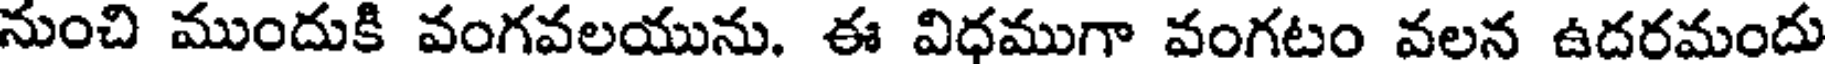
నుంచి ముందుకి వంగవలయును, ఈ విధముగా వంగటం వలన ఉదరమందు